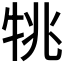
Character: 𤙔